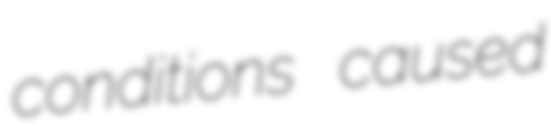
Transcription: conditions caused